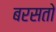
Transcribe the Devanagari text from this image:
बरसतो